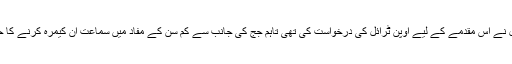
ان کی وکیل نے اس مقدمے کے لیے اوپن ٹرائل کی درخواست کی تھی تاہم جج کی جانب سے کم سن کے مفاد میں سماعت ان کیمرہ کرنے کا حکم دیا تھا۔